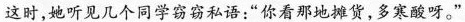
这时，她听见几个同学私语；“你看那地摊货，多寒酸呀。”